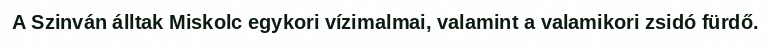
A Szinván álltak Miskolc egykori vízimalmai, valamint a valamikori zsidó fürdő.